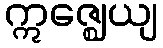
ဣဇ္ဈေယျ